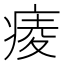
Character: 𤷖